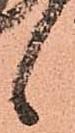
候